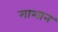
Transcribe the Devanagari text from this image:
माशान